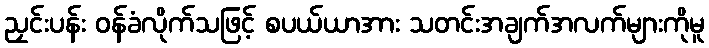
ညှင်းပန်း ဝန်ခံလိုက်သဖြင့် စပယ်ယာအား သတင်းအချက်အလက်များကိုမူ